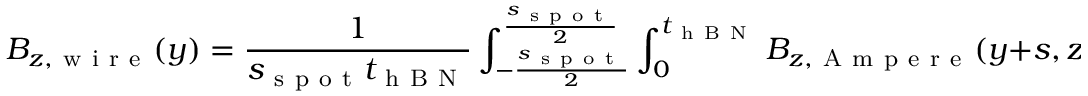
B _ { z , \mathrm { ~ w ~ i ~ r ~ e ~ } } ( y ) = \frac { 1 } { s _ { \mathrm { ~ s ~ p ~ o ~ t ~ } } t _ { \mathrm { ~ h ~ B ~ N ~ } } } \int _ { - \frac { s _ { \mathrm { ~ s ~ p ~ o ~ t ~ } } } { 2 } } ^ { \frac { s _ { \mathrm { ~ s ~ p ~ o ~ t ~ } } } { 2 } } \int _ { 0 } ^ { t _ { \mathrm { ~ h ~ B ~ N ~ } } } B _ { z , \mathrm { ~ A ~ m ~ p ~ e ~ r ~ e ~ } } ( y + s , z ^ { \prime } ) d z ^ { \prime } d s .